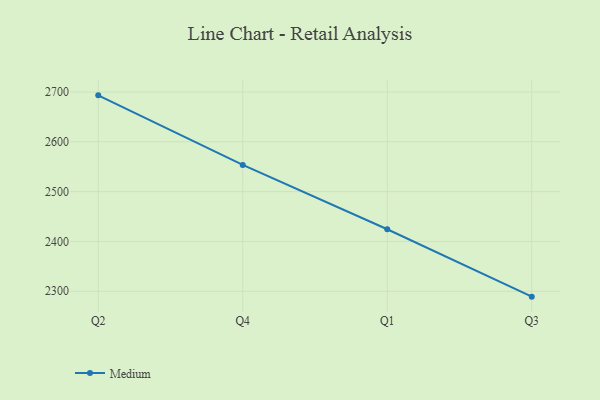
{"axis": {"x": "Quarter", "y": "Page Views"}, "legend": ["Medium"], "data": [{"x": "Q2", "y": 2693.2, "type": "Medium"}, {"x": "Q4", "y": 2553.5, "type": "Medium"}, {"x": "Q1", "y": 2424.5, "type": "Medium"}, {"x": "Q3", "y": 2289.2, "type": "Medium"}]}